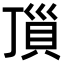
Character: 𧵜